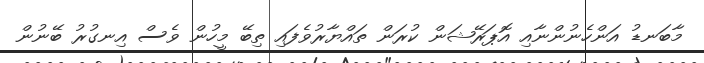
މާބަނޑު އަންހެނުންނާއި އޮޕަރޭޝަން ކުރަން ތައްޔާރުވެފައި ތިބޭ މީހުން ވެސް އިނގުރު ބޭނުން